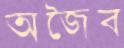
অজৈব